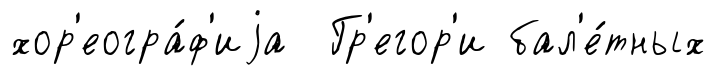
хор'еогра́ф'иjа Гр'егор'и бал'е́тных